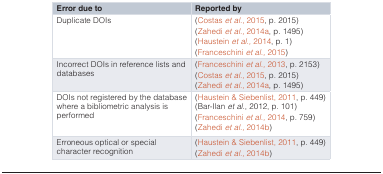
| Error due to | Reported by |
 | --- | --- |
 | Duplicate DOIs | (Costaset al., 2015, p. 2015)(Zahediet al., 2014a, p. 1495)(Hausteinet al., 2014, p. 1)(Franceschiniet al., 2015) |
 | Incorrect DOIs in reference lists anddatabases | (Franceschiniet al., 2013, p. 2153)(Costaset al., 2015, p. 2015)(Zahediet al., 2014a, p. 1495) |
 | DOIs not registered by the databasewhere a bibliometric analysis isperformed | (Haustein & Siebenlist, 2011, p. 449)(Bar-Ilanet al., 2012, p. 101)(Franceschiniet al., 2014, p. 759)(Zahediet al., 2014b) |
 | Erroneous optical or specialcharacter recognition | (Haustein & Siebenlist, 2011, p. 449)(Zahediet al., 2014b) |